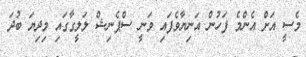
މެސީ އަށް އެންމެ ފަހުން އަނިޔާވެފައި ވަނީ ސްޕެނިޝް ލަލީގާގައި މިދިޔަ ބުދަ